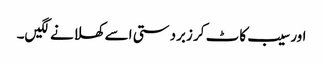
اور سیب کاٹ کر زبردستی اسے کھلانے لگیں۔